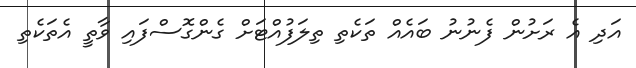
އަދި އެ ރަށުން ފެނުނު ބައެއް ތަކެތި ތިލަފުއްޓަށް ގެންގޮސްފައި ވާތީ އެތަކެތި